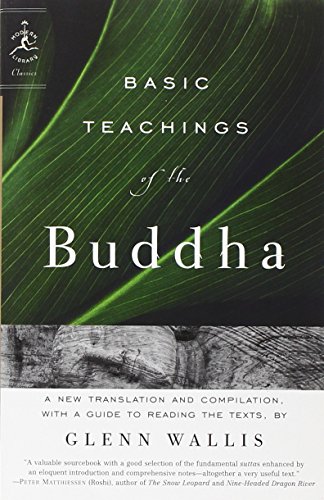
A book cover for Basic Teachings of the Buddha (Modern Library Classics); Glenn Wallis; Religion & Spirituality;